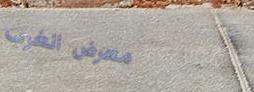
معرض الغرب